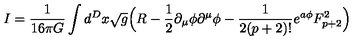
I = \frac { 1 } { 1 6 \pi G } \int d ^ { D } x \sqrt { g } \Big ( R - \frac { 1 } { 2 } \partial _ { \mu } \phi \partial ^ { \mu } \phi - \frac { 1 } { 2 ( p + 2 ) ! } e ^ { a \phi } F _ { p + 2 } ^ { 2 } \Big )